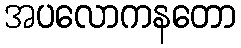
အပလောကနတော